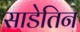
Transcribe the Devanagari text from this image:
साडेतिन